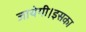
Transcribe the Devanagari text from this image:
जायेगी।इसका